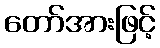
တော်အားဖြင့်